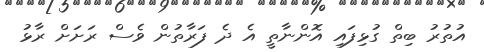
އުތުރު ބިތް ގުޅިފައި އޮންނާތީ އެ ދެ ފަރާތުން ވެސް ރަށަށް ރާޅު